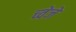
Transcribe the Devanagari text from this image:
च्वेजे